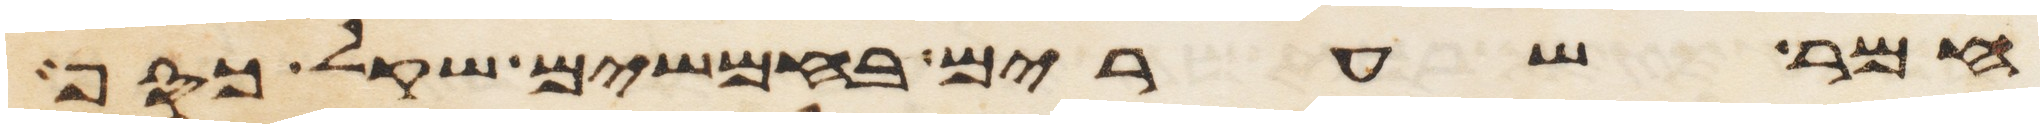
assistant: חמר שערים בחמשים שקל כסף